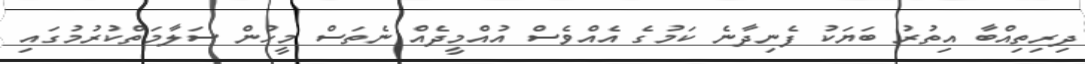
ދިރިތިއްބާ އިތުރު ބަޔަކު ފެނިދާނެ ކަމުގެ އެއްވެސް އުއްމީދެއް ނެތަސް މީހުން ސަލާމަތްކުރުމުގައި